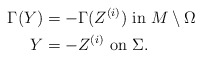
\begin{align*}\Gamma(Y) &=-\Gamma (Z^{(i)}) \mbox{ in } M\setminus\Omega\\Y &= -Z^{(i)} \mbox{ on } \Sigma.\end{align*}